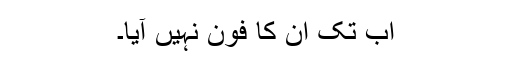
اب تک ان کا فون نہیں آیا۔